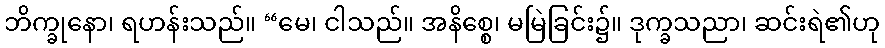
ဘိက္ခုနော၊ ရဟန်းသည်။ “မေ၊ ငါသည်။ အနိစ္စေ၊ မမြဲခြင်း၌။ ဒုက္ခသညာ၊ ဆင်းရဲ၏ဟု